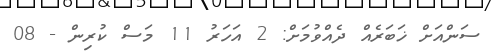
ސަންއަށް ޚަބަރެއް ދެއްވުމަށް: 2 އަހަރު 11 މަސް ކުރިން - 08